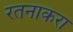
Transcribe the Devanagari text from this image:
रतनाकरा